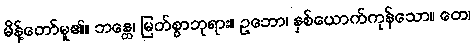
မိန့်တော်မူ၏။ ဘန္တေ၊ မြတ်စွာဘုရား။ ဥဘော၊ နှစ်ယောက်ကုန်သော။ တေ၊